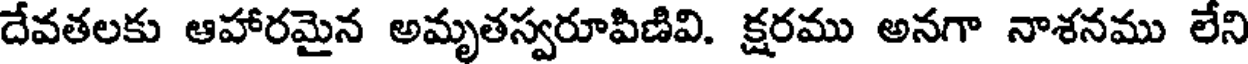
దేవతలకు ఆహారమైన అమృతస్వరూపిణివి. క్షరము అనగా నాశనము లేని